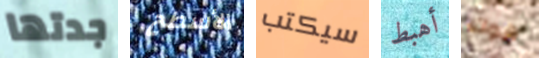
جدتها الأسطح سيكتب أهبط هوك